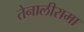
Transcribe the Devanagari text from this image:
तेनालीरामा